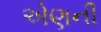
એણની